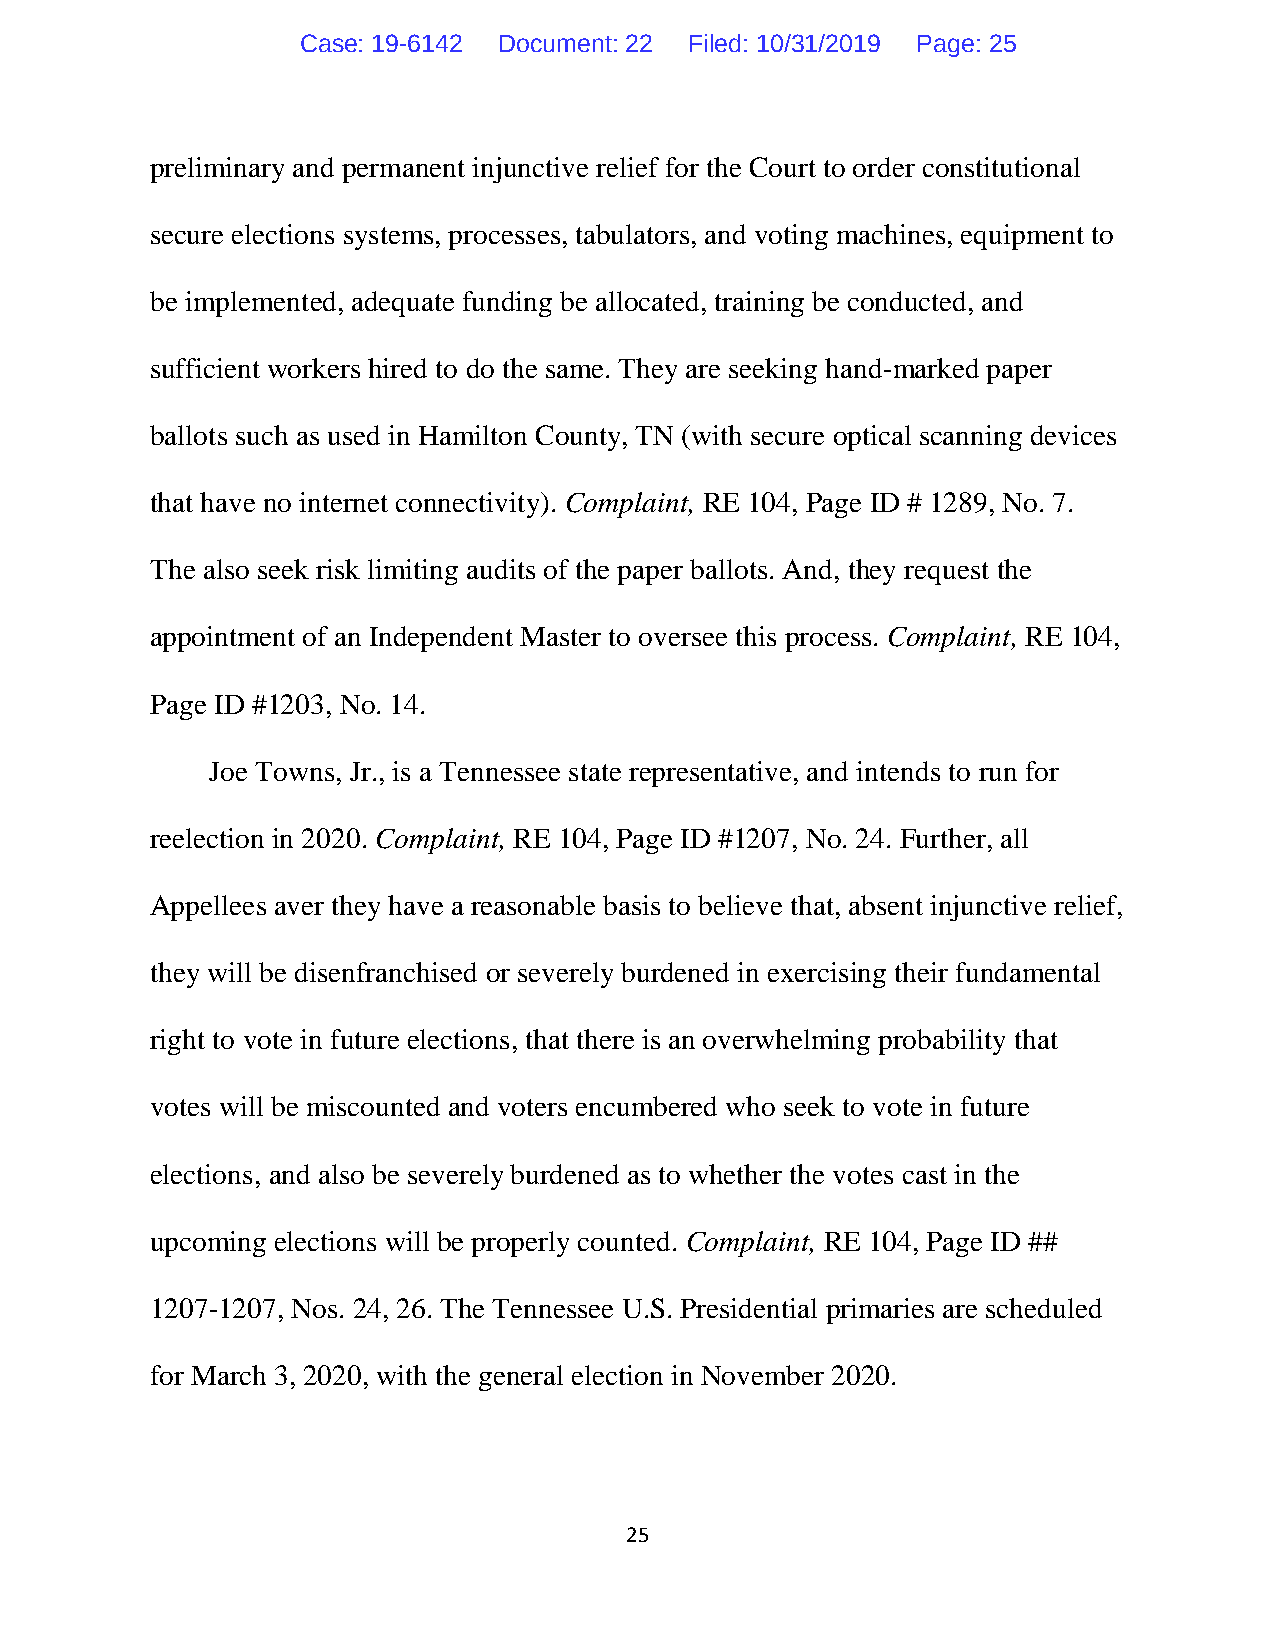
Case: 19-6142 Document: 22 Filed: 10/31/2019 Page: 25
 preliminary and permanent injunctive relief for the Court to order constitutional
 secure elections systems, processes, tabulators, and voting machines, equipment to
 be implemented, adequate funding be allocated, training be conducted, and
 sufficient workers hired to do the same. They are seeking hand-marked paper
 ballots such as used in Hamilton County, TN (with secure optical scanning devices
 that have no internet connectivity). Complaint, RE 104, Page ID # 1289, No. 7.
 The also seek risk limiting audits of the paper ballots. And, they request the
 appointment of an Independent Master to oversee this process. Complaint, RE 104,
 Page ID #1203, No. 14.
 Joe Towns, Jr., is a Tennessee state representative, and intends to run for
 reelection in 2020. Complaint, RE 104, Page ID #1207, No. 24. Further, all
 Appellees aver they have a reasonable basis to believe that, absent injunctive relief,
 they will be disenfranchised or severely burdened in exercising their fundamental
 right to vote in future elections, that there is an overwhelming probability that
 votes will be miscounted and voters encumbered who seek to vote in future
 elections, and also be severely burdened as to whether the votes cast in the
 upcoming elections will be properly counted. Complaint, RE 104, Page ID ##
 1207-1207, Nos. 24, 26. The Tennessee U.S. Presidential primaries are scheduled
 for March 3, 2020, with the general election in November 2020.
 25